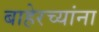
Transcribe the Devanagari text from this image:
बाहेरच्यांना